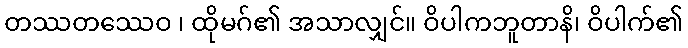
တဿတဿေဝ ၊ ထိုမဂ်၏ အသာလျှင်။ ဝိပါကဘူတာနိ၊ ဝိပါက်၏